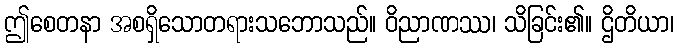
ဤစေတနာ အစရှိသောတရားသဘောသည်။ ဝိညာဏဿ၊ သိခြင်း၏။ ဌိတိယာ၊